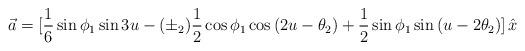
LaTeX: \begin{align*}\vec a= [{1\over 6}\sin{\phi_1}\sin{3u} -(\pm_2){1\over 2}\cos{\phi_1}\cos{(2u-\theta_2)} +{1\over 2}\sin{\phi_1}\sin{(u-2\theta_2)}]\,\hat x\end{align*}